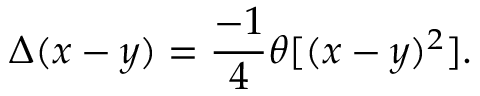
\Delta ( x - y ) = \frac { - 1 } { 4 } \theta [ ( x - y ) ^ { 2 } ] .